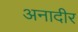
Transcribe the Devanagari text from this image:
अनादीर